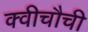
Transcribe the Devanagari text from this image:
क्वीचौची